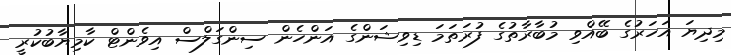
މިދިޔަ އަހަރުގެ ބޭއްވި މުބާރާތުގެ ފުރަތަމަ ޑިވިޝަންގެ އަންހެން ސިންގަލްސް އިވެންޓް ކާމިޔާބުކުރީ